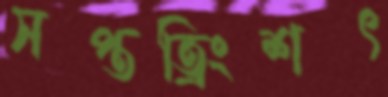
সপ্তত্রিংশৎ